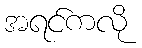
အရင်ကလို